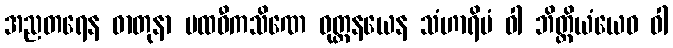
အညတရေန ဓာတုနာ ပထဝီကသိဏေ ဝုတ္တနယေန သံဟာရိမံ ဝါ ဘိတ္တိယံယေဝ ဝါ